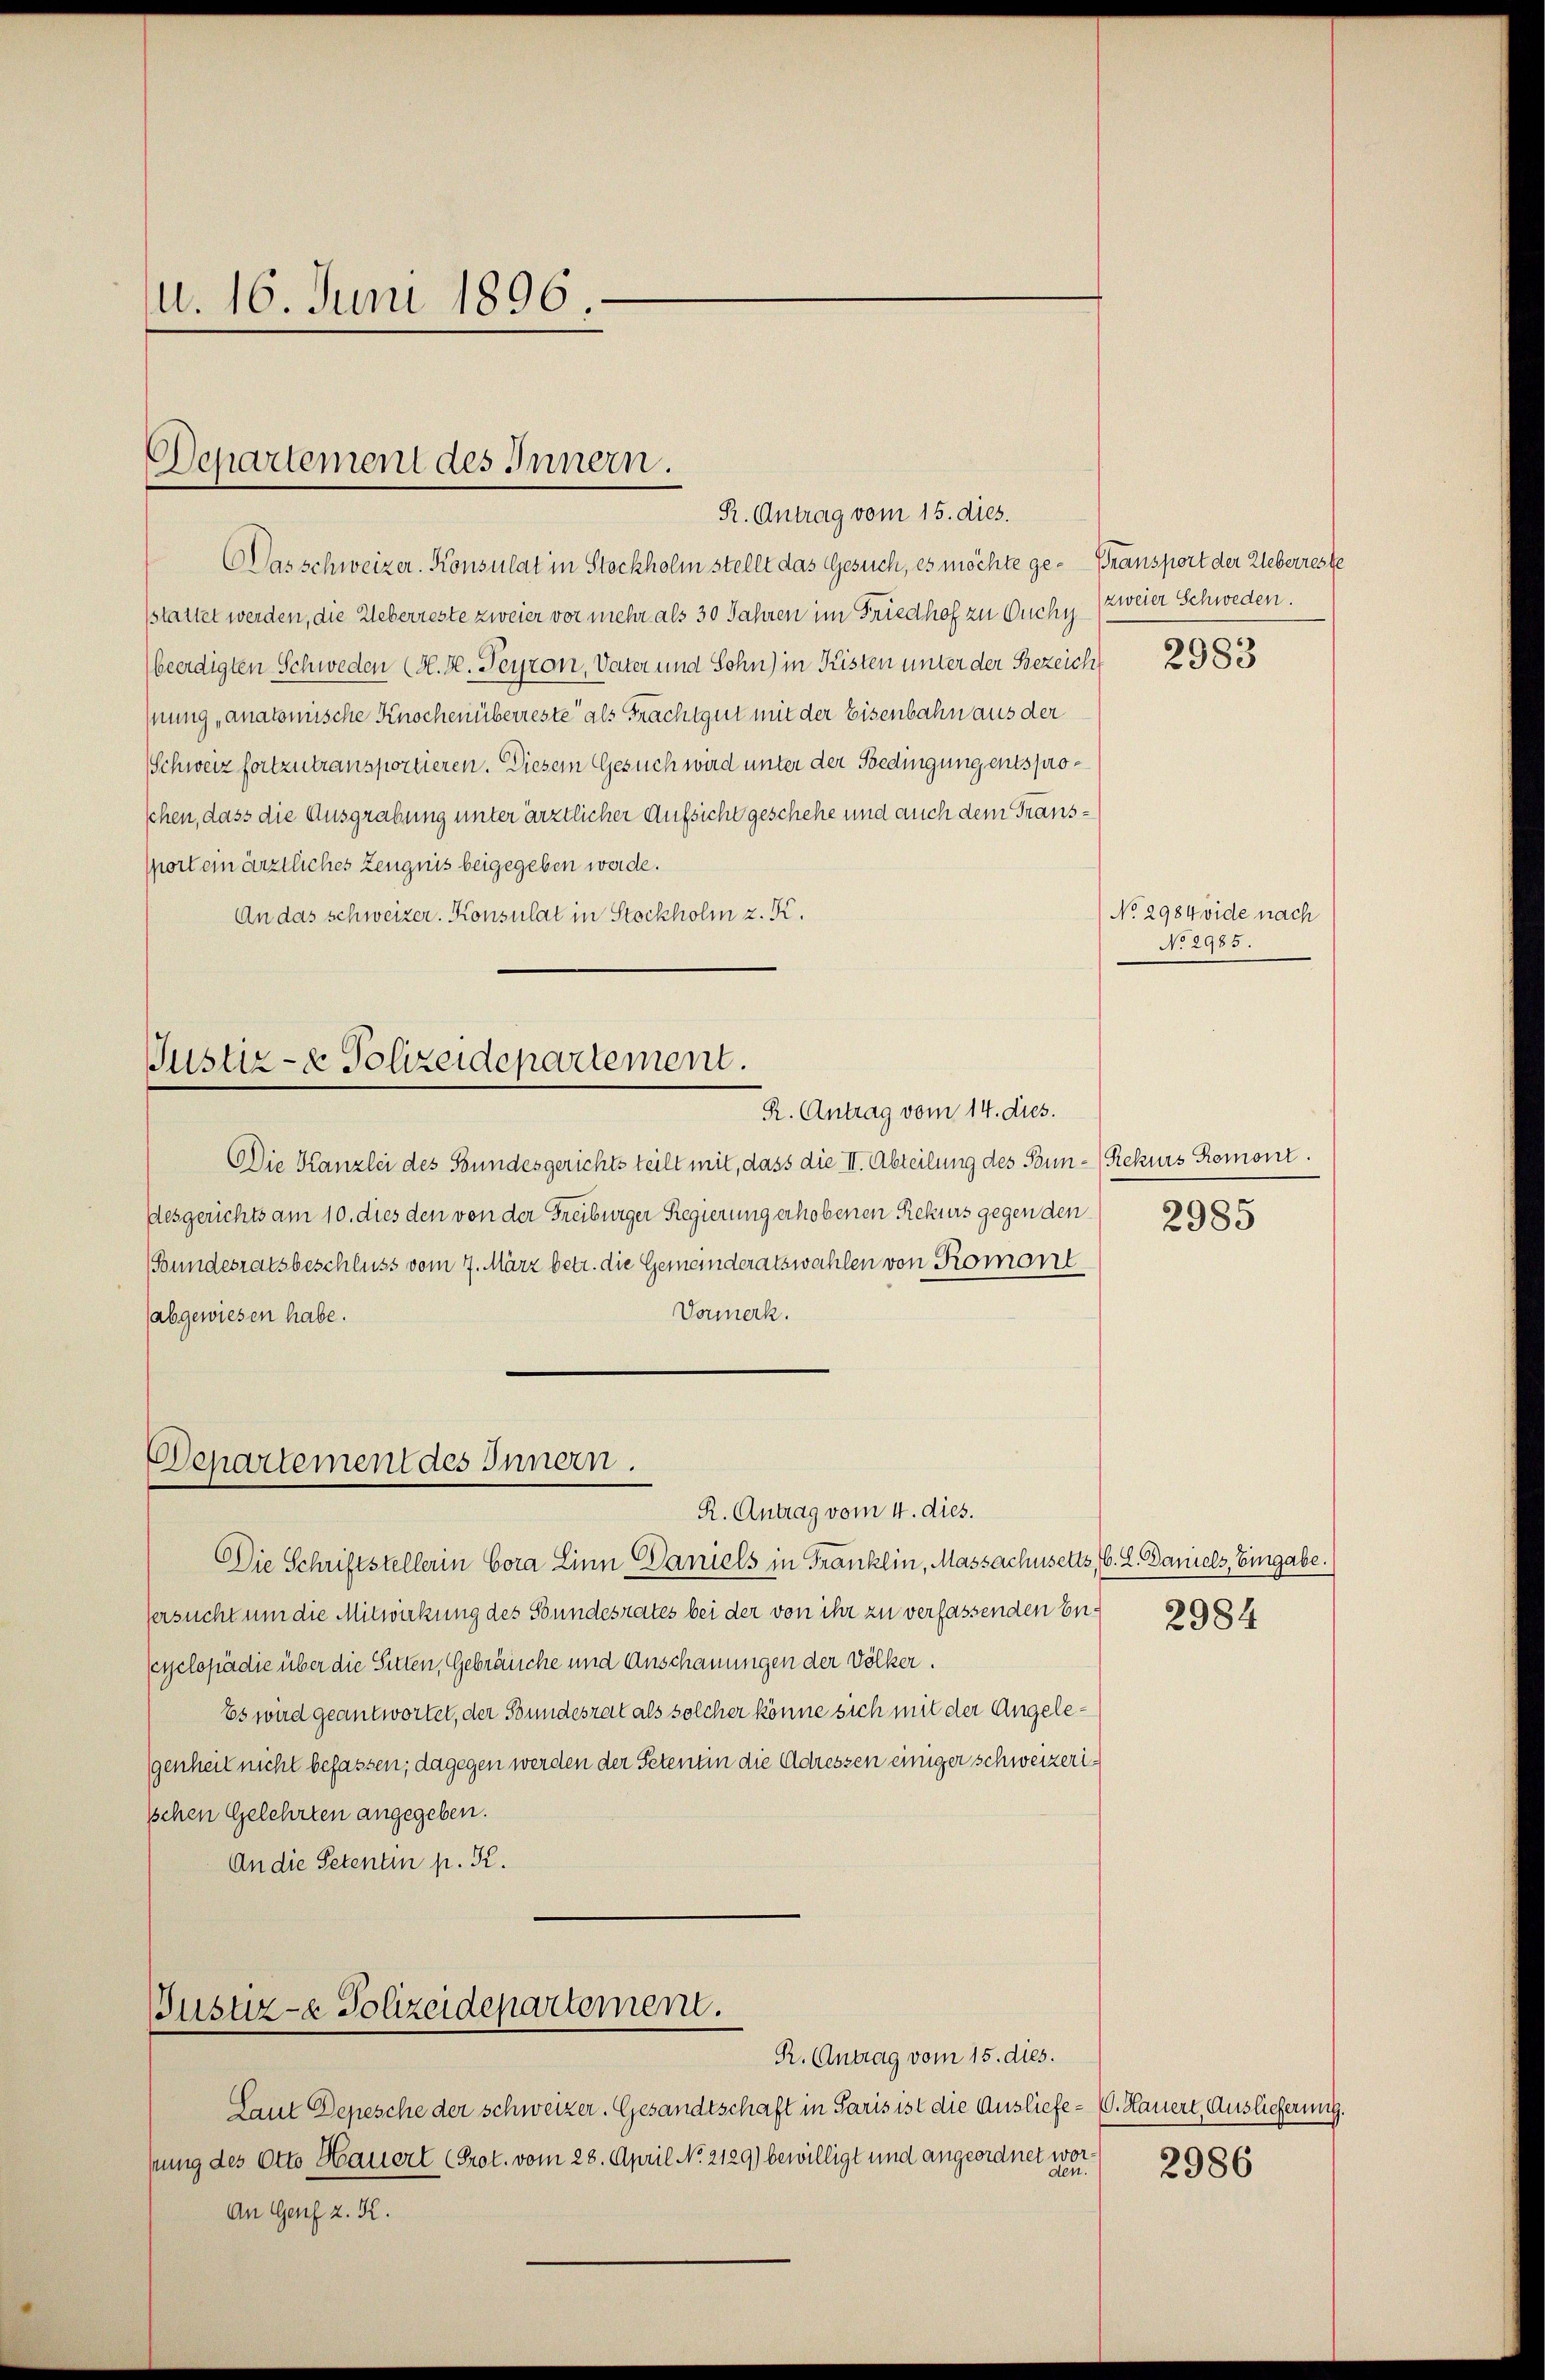
d. 16. Juni 1896

Departement des Innern.
R. Antrag vom 15. dies.

Das schweizer. Konsulat in Stockholm stellt das Gesuch, es möchte ge- Transport der Weberreste
sstattet werden, die Ueberreste zweier vor mehr als 30 Jahren im Friedhof zu Ouchy (zweier Schweden.
beerdigten Schweden (H. H. Peyron, Vater und Sohn) in Kisten unter der Bezeicht
hnung „anatomische Knochenüberreste als Frachtgut mit der Eisenbahn aus der
Schweiz fortzutransportieren. Diesem Gesuch wird unter der Bedingung entsproschen, dass die Ausgrabung unter ärztlicher Aufsicht geschehe und auch dem Transsport ein ärztliches Zeugnis beigegeben werde.
An das schweizer. Konsulat in Stockholm z. K.

Justiz- & Polizeidepartement.

R. Antrag vom 14. dies.
Die Kanzlei des Bundesgerichts teilt mit, dass die II. Abteilung des Sonn- (Rekurs Romont.
desgerichts am 10. dies den von der Freiburger Regierung erhobenen Rekurs gegen den
Bundesratsbeschluss vom 7. März betr. die Gemeinderatswahlen von Romant
Vormerk.
(abgewiesen habe.

Departement des Innern.
R. Antrag vom 4. dies.

Die Schriftstellerin Cora Linn Daniels in Franklin, Massachusetts, C. L. Daniels, Eingabe.
Versucht um die Mitwirkung des Bundesrates bei der von ihr zu verfassenden Encyclopädie über die Sitten, Gebräuche und Anschauungen der Völker.
Es wird geantwortet, der Bundesrat als solcher könne sich mit der Angelegenheit nicht befassen; dagegen werden der Petentin die Adreszen einiger schweizerischen Gelehrten angegeben.
An die Petenten p. K.

Justiz- & Polizeidepartement.

R. Antrag vom 15. dies.
Laut Depesche der schweizer. Gesandtschaft in Paris ist die Ausliefe- C. Hauert, Auslieferung.
pung des Otto Hauert (Prot. vom 28. April N. 2129) bewilligt und angeordnet we
a
An Genf z. K.

2983

No 2984 vide nach
No 2985.

2985

2984

2986